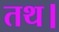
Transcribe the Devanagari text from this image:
तथ।